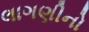
લાગણીનો